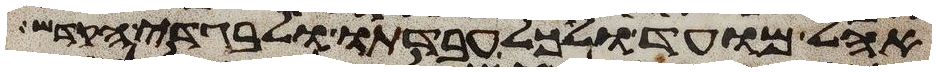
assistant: אהל מועד ולכל עבדתו ולבגדי הקדש